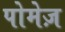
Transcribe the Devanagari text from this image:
पोमेज़